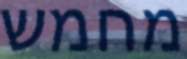
מחמש